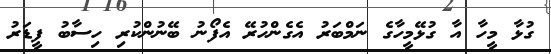
ގުޅާ މީހާ އާ ގުޅޭމީހާގެ ނަމްބަރު އެގެންހުރޭ އެފޯނު ބޭނުންކުރި ހިސާބު ފީޑަރު